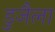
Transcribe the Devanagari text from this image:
डुजैला